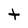
Character: t